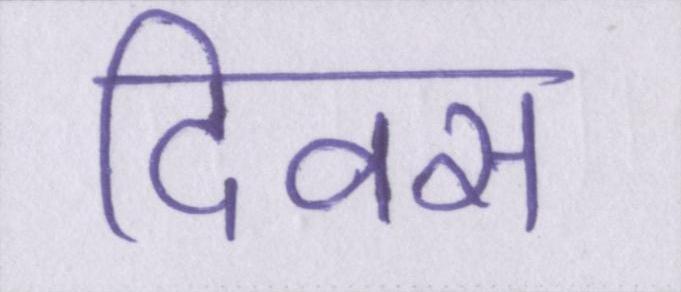
दिवस